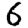
Digit: 6